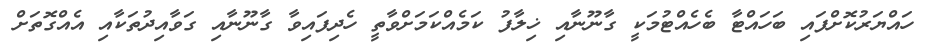
ހައްޔަރުކޮށްފައި ބަހައްޓާ ބެހެއްޓުމަކީ ގާނޫނާއި ޚިލާފު ކަމެއްކަމަށްވާތީ ހެދިފައިވާ ގާނޫނާއި ގަވާއިދުތަކާއި އެއްގޮތަށް